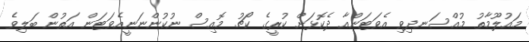
މައުލޫމާތު މުއްސަނދިވި އެވަޓަންއާ ދެކޮޅަށް ކުރީގެ ކޯޗު މޮއިސް ނުކުންނަނީއެވަޓަން އަތުން ބަލިވެ